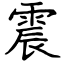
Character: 震